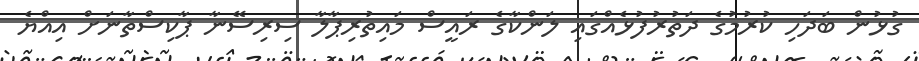
ގުޅުން ބަަދަހި ކުރުމުގެ ދަތުރުފުޅެއްގައި ލަންކާގެ ރައީސް މައިތުރިޕާލާ ސިރިސޭނާ ޕާކިސްތާނަށް އިއްޔެ